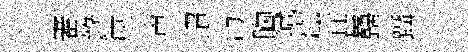
審錄康声迢沔胸撼秧甚巋躡